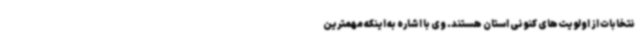
نتخابات از اولویت‌های کنونی استان هستند. وی با اشاره به اینکه مهمترین